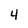
Character: 4